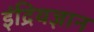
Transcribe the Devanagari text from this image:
इंद्रियज्ञान